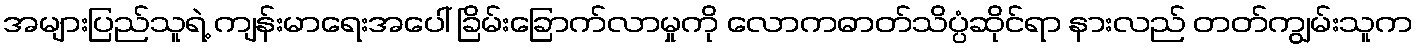
အများပြည်သူရဲ့ ကျန်းမာရေးအပေါ် ခြိမ်းခြောက်လာမှုကို လောကဓာတ်သိပ္ပံဆိုင်ရာ နားလည် တတ်ကျွမ်းသူက